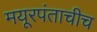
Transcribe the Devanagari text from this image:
मयूरपंताचीच